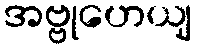
အဗ္ဗုဟေယျ